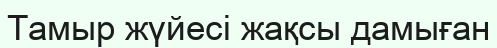
Тамыр жүйесі жақсы дамыған